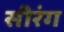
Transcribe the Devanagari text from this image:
सीरंग